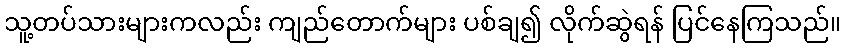
သူ့တပ်သားများကလည်း ကျည်တောက်များ ပစ်ချ၍ လိုက်ဆွဲရန် ပြင်နေကြသည်။